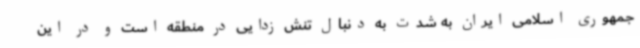
جمهوری اسلامی ایران به شدت به دنبال تنش زدایی در منطقه است و در این